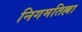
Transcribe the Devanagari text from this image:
निगमतिल्ला